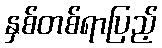
နှစ်တစ်ရာပြည့်